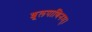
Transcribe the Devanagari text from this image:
शूलपाणिनम्।